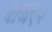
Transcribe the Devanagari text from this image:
बेर्थिएर